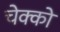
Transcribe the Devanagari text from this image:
चेक्को